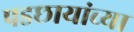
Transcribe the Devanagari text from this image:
पडछायांच्या